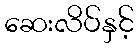
ဆေးလိပ်နှင့်